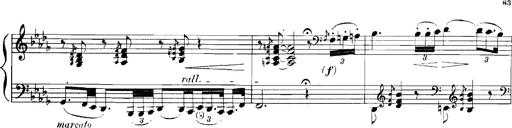
Title: Rhapsodies hongroises
Composer: Franz Liszt